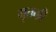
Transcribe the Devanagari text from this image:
मृतकी